Civil Veterinary Dept. North-West Frontier Province 1923-32 - 1923-1932
Year: 1923
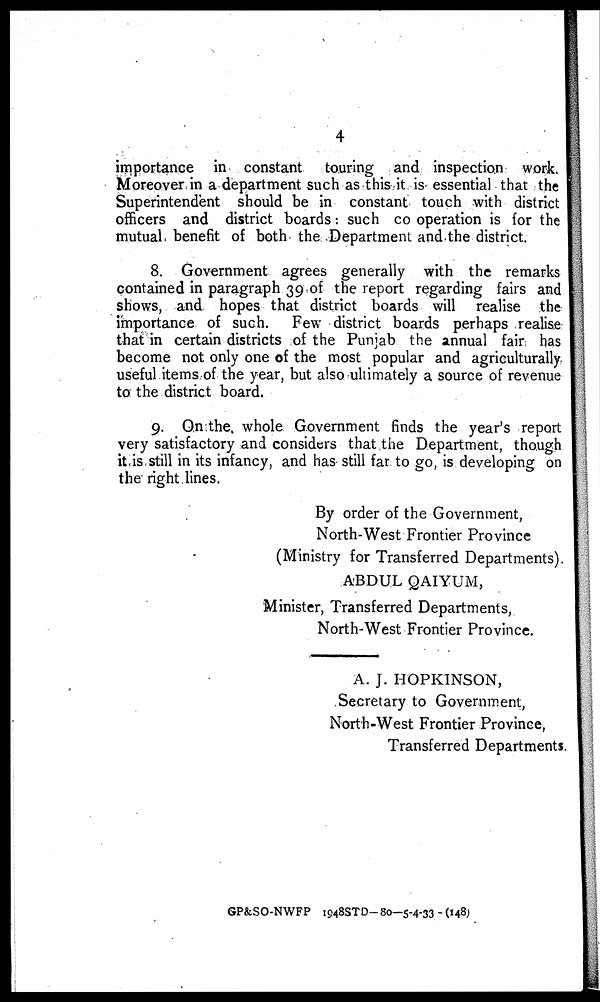
4
importance in constant touring and inspection work.
Moreover in a department such as this it is essential that the
Superintendent should be in constant touch with district
officers and district boards : such co operation is for the
mutual benefit of both the Department and the district.
8. Government agrees generally with the remarks
contained in paragraph 39 of the report regarding fairs and
shows, and hopes that district boards will realise the
importance of such. Few district boards perhaps realise
that in certain districts of the Punjab the annual fair has
become not only one of the most popular and agriculturally
useful items of the year, but also ultimately a source of revenue
to the district board.
9. On the whole Government finds the year's report
very satisfactory and considers that the Department, though
it is still in its infancy, and has still far to go, is developing on
the right lines.
By order of the Government,
North-West Frontier Province
(Ministry for Transferred Departments).
ABDUL QAIYUM,
Minister, Transferred Departments,
North-West Frontier Province.
A. J. HOPKINSON,
Secretary to Government,
North-West Frontier Province,
Transferred Departments
GP&SO-NWFP 1948STD- 80-5-4-33 - (148)